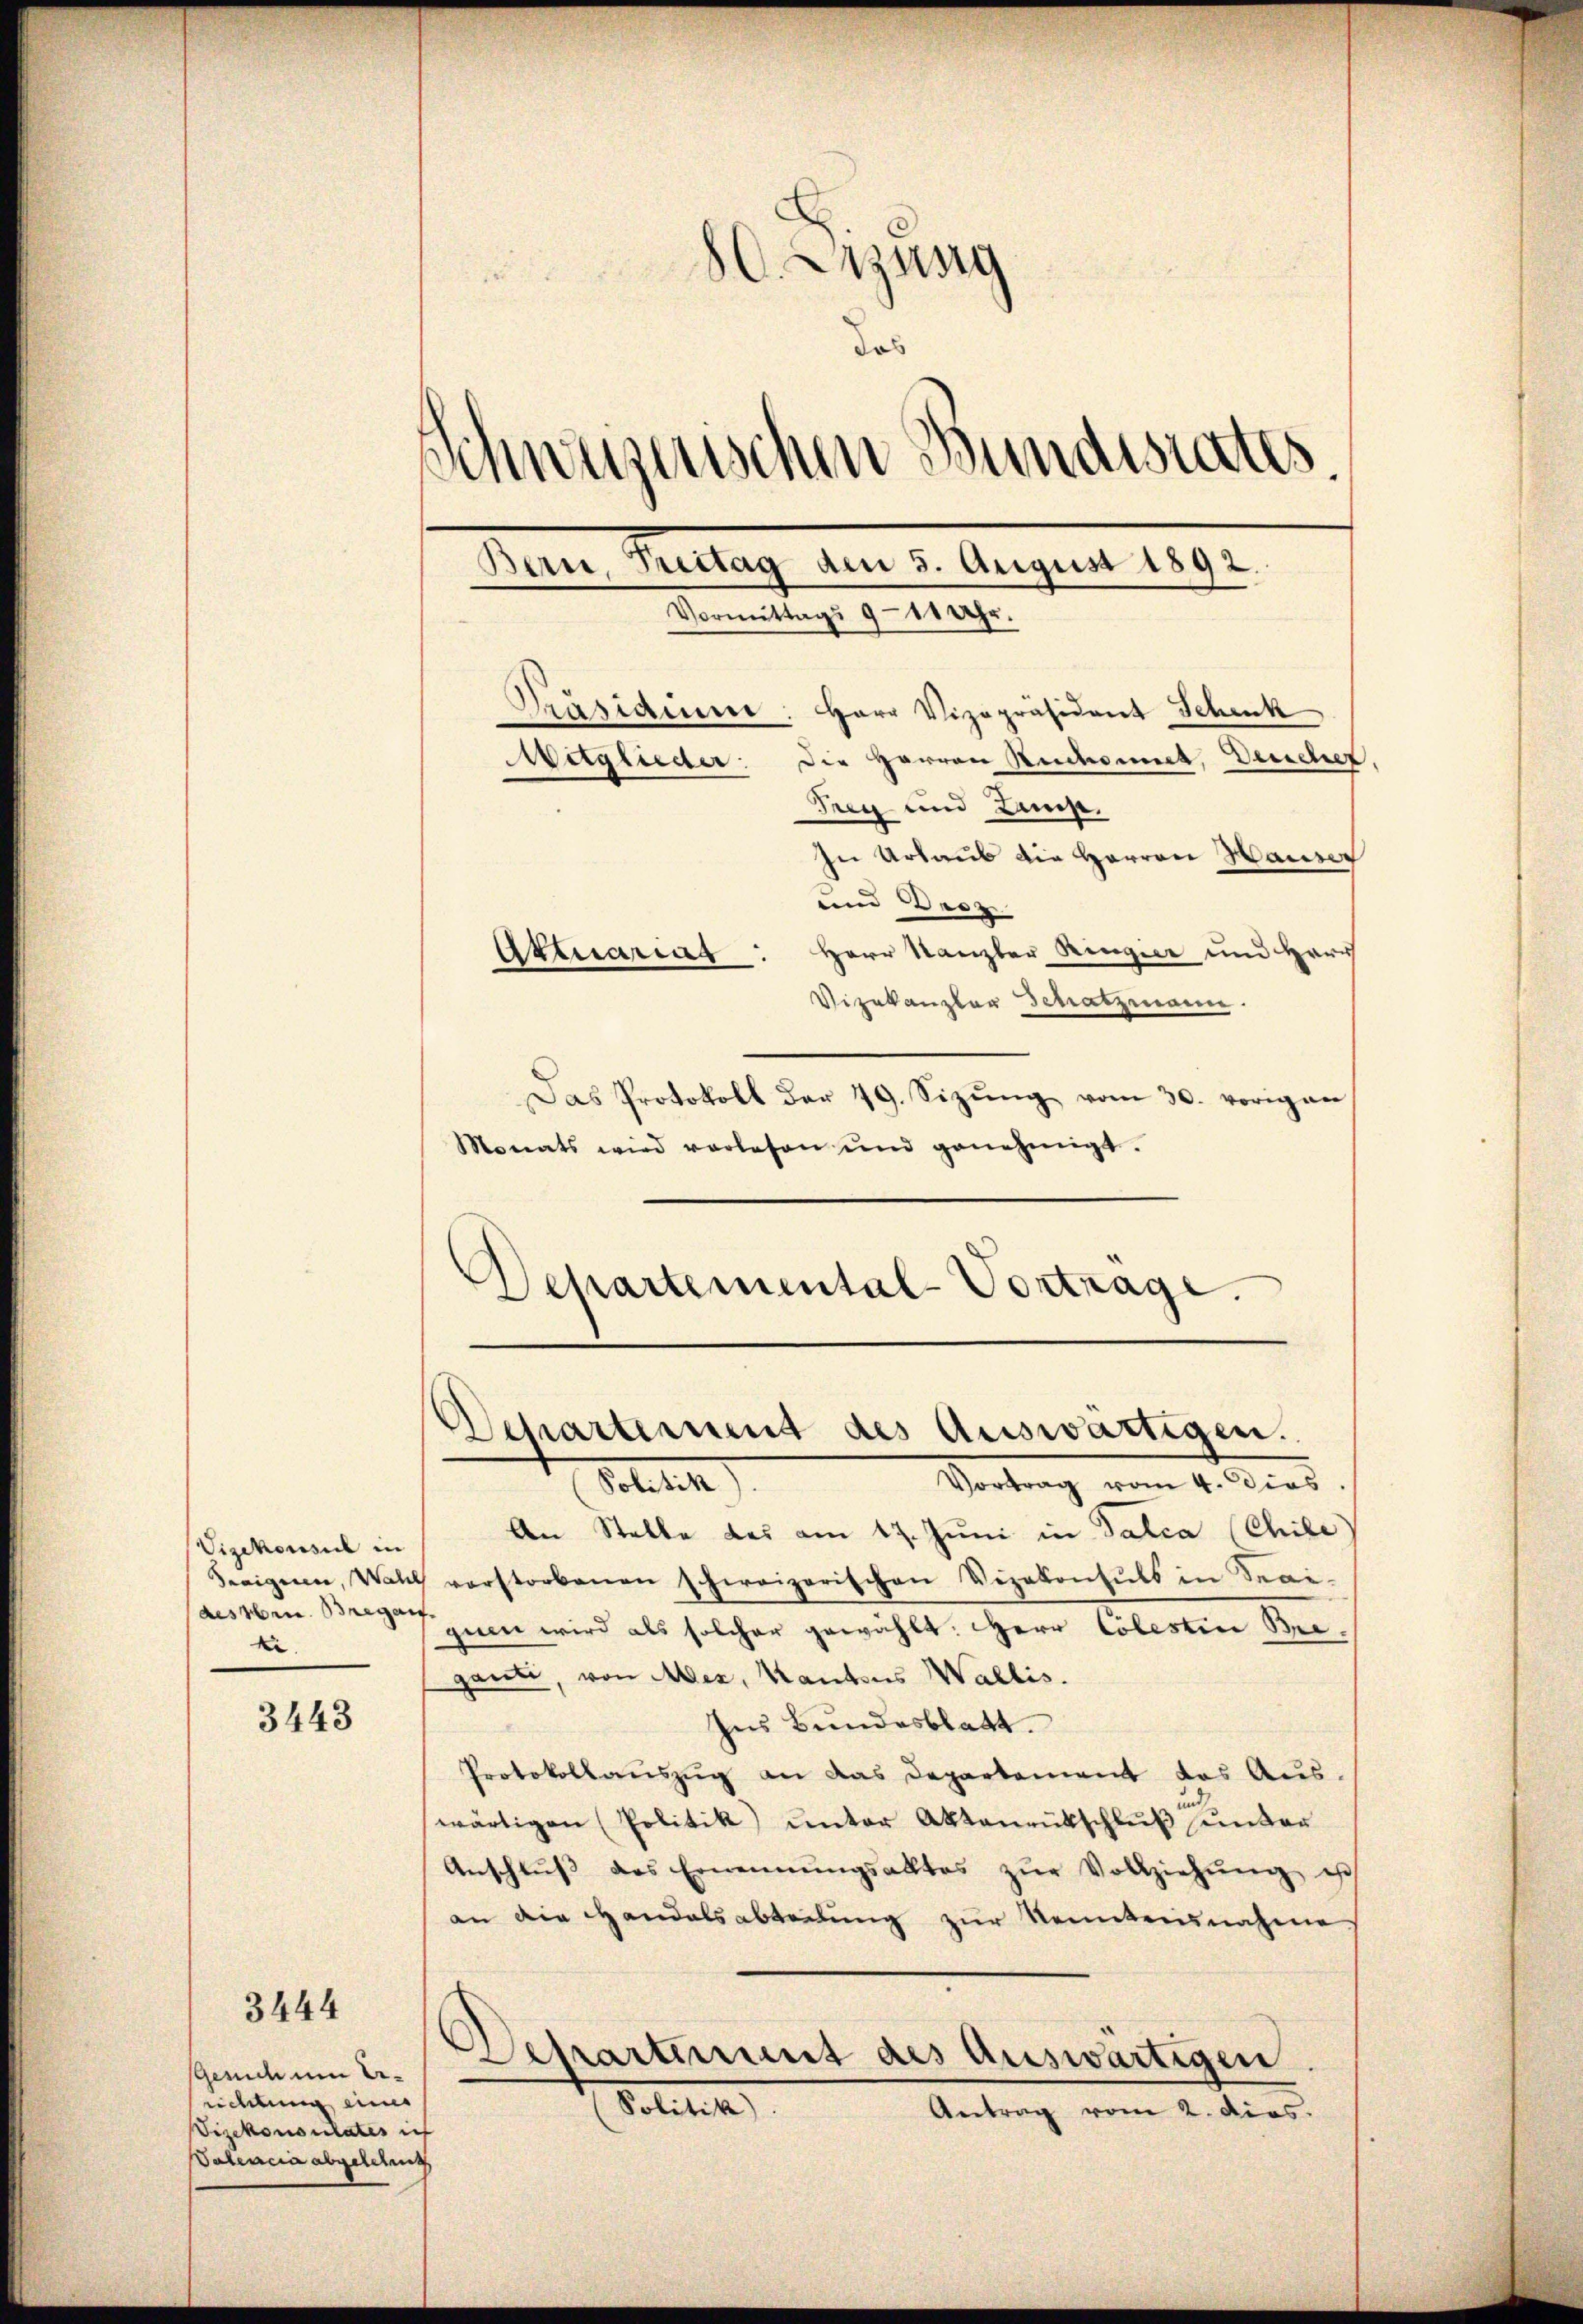
Vizekonsul in
deeignen, Walch
dessen. Bregen
ki.

3443

3444

Gesuch um Errichtung eines
Vizekonsulates ich
Patencia abgelesent

80. Erzung
das
Schweizerischen Bundestates.
Bern, Treitag am 3. August 1892
e
Vormittags 9 - 11 Uhr.

Präsiden: Herr Vizepräsident Schenk
Waglieder: Die Herren Ruckomit, Deucher
Trig und Last.
In Urlaus die Herren Hauser
und Droz.
Herr Kanzler Ringier und Herr
Aktuarias
Vizekanzler Schatzmann
Das Protokoll der 49. Sizŭng vom 30. vorigen
Monats wird vorlesen und genehmigt.
Departemental-Vortrage

Departement des Auswärtigen.

Vortrag vom 4. Dies
Stett
An Stelle das am 17. Juni in Falca (Chile
vorstorbenen schweizerischen Vizekonsuls in Spai-
gum wird als solcher gewählt: Herr Colestice Bie-
gante, von Mer, Kantons Wallis.
Ins Bundesblatt.
Protokollaŭszŭg an das Departement das Aŭs-
wärtigen Politik unter Aktenrütschluß unter
Anschlŭβ des Ernennungsaltes zŭr Vollziehŭng ist
an die Handelsabtretung zur Kenntensnahme
Separtement des Auswärtigen
(Politik
Antrag vom 2. dies.